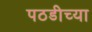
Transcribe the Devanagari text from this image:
पठडीच्या